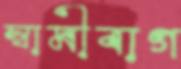
স্বামীবাগ